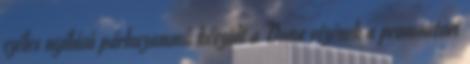
széles nyílású párhuzammû készült a Duna vizének a promontori